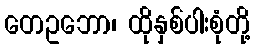
တေဥဘော၊ ထိုနှစ်ပါးစုံတို့